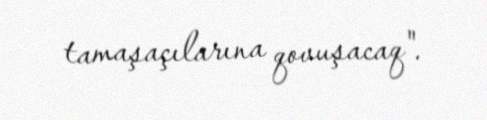
tamaşaçılarına qovuşacaq".